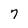
Character: 7